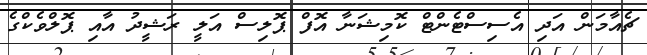
ޗެއާމަން އަދި އެސިސްޓެންޓް ކޮމިޝަނާ އޮފް ޕޮލިސް އަލީ ރަޝީދު އާއި ޕޮލްވެކްގެ